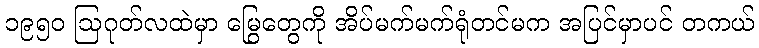
၁၉၅၀ ဩဂုတ်လထဲမှာ မြွေတွေကို အိပ်မက်မက်ရုံတင်မက အပြင်မှာပင် တကယ်